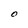
Character: O